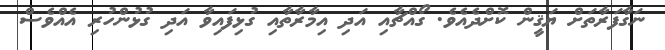
ނަގާފަރާތަށް ޔަޤީން ކޮށްދެއެވެ. ގޯއްޗާއި އަދި އިމާރާތާއި ގުޅިފައިވާ އަދި ގުޅުންހުރި އެއްވެސް